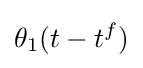
\theta _{1}(t-t^{f})